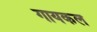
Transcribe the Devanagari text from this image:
गायकल